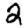
Digit: 2